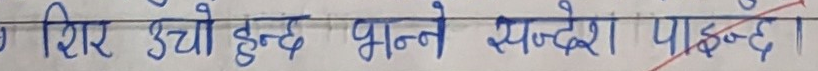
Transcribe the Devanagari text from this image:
सिर उचो हुन्छ भन्नु सन्देश पाइन्छ।